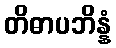
တိဓာပဘိန္နံ